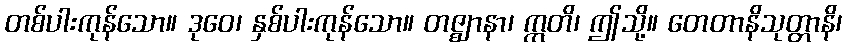
တစ်ပါးကုန်သော။ ဒုဝေ၊ နှစ်ပါးကုန်သော။ တဇ္ဈာနာ၊ ဣတိ၊ ဤသို့။ တေတာနိသုတ္တာနိ၊